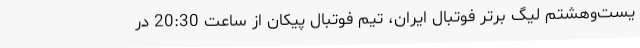
یست‌وهشتم لیگ برتر فوتبال ایران، تیم فوتبال پیکان از ساعت 20:30 در